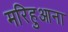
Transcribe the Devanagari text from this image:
मरिहुआना